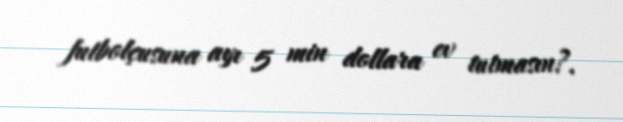
futbolçusuna ayı 5 min dollara ev tutmasın?.